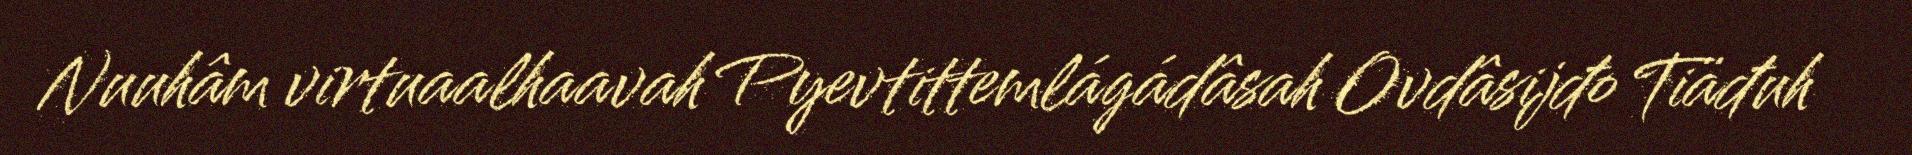
Nuuhâm virtuaalhaavah Pyevtittemlágádâsah Ovdâsijđo Tiäđuh